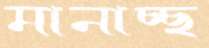
মানাচ্ছ